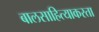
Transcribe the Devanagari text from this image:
बालसाहित्याकरता